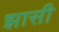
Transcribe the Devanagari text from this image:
झासी